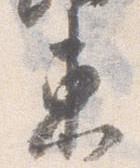
東